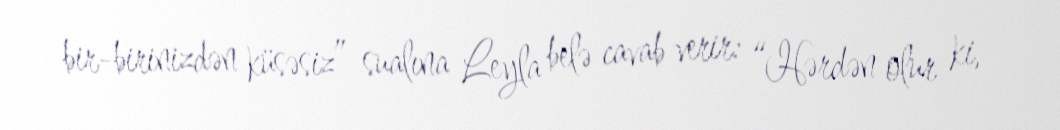
bir-birinizdən küsəsiz” sualına Leyla belə cavab verir: “Hərdən olur ki,